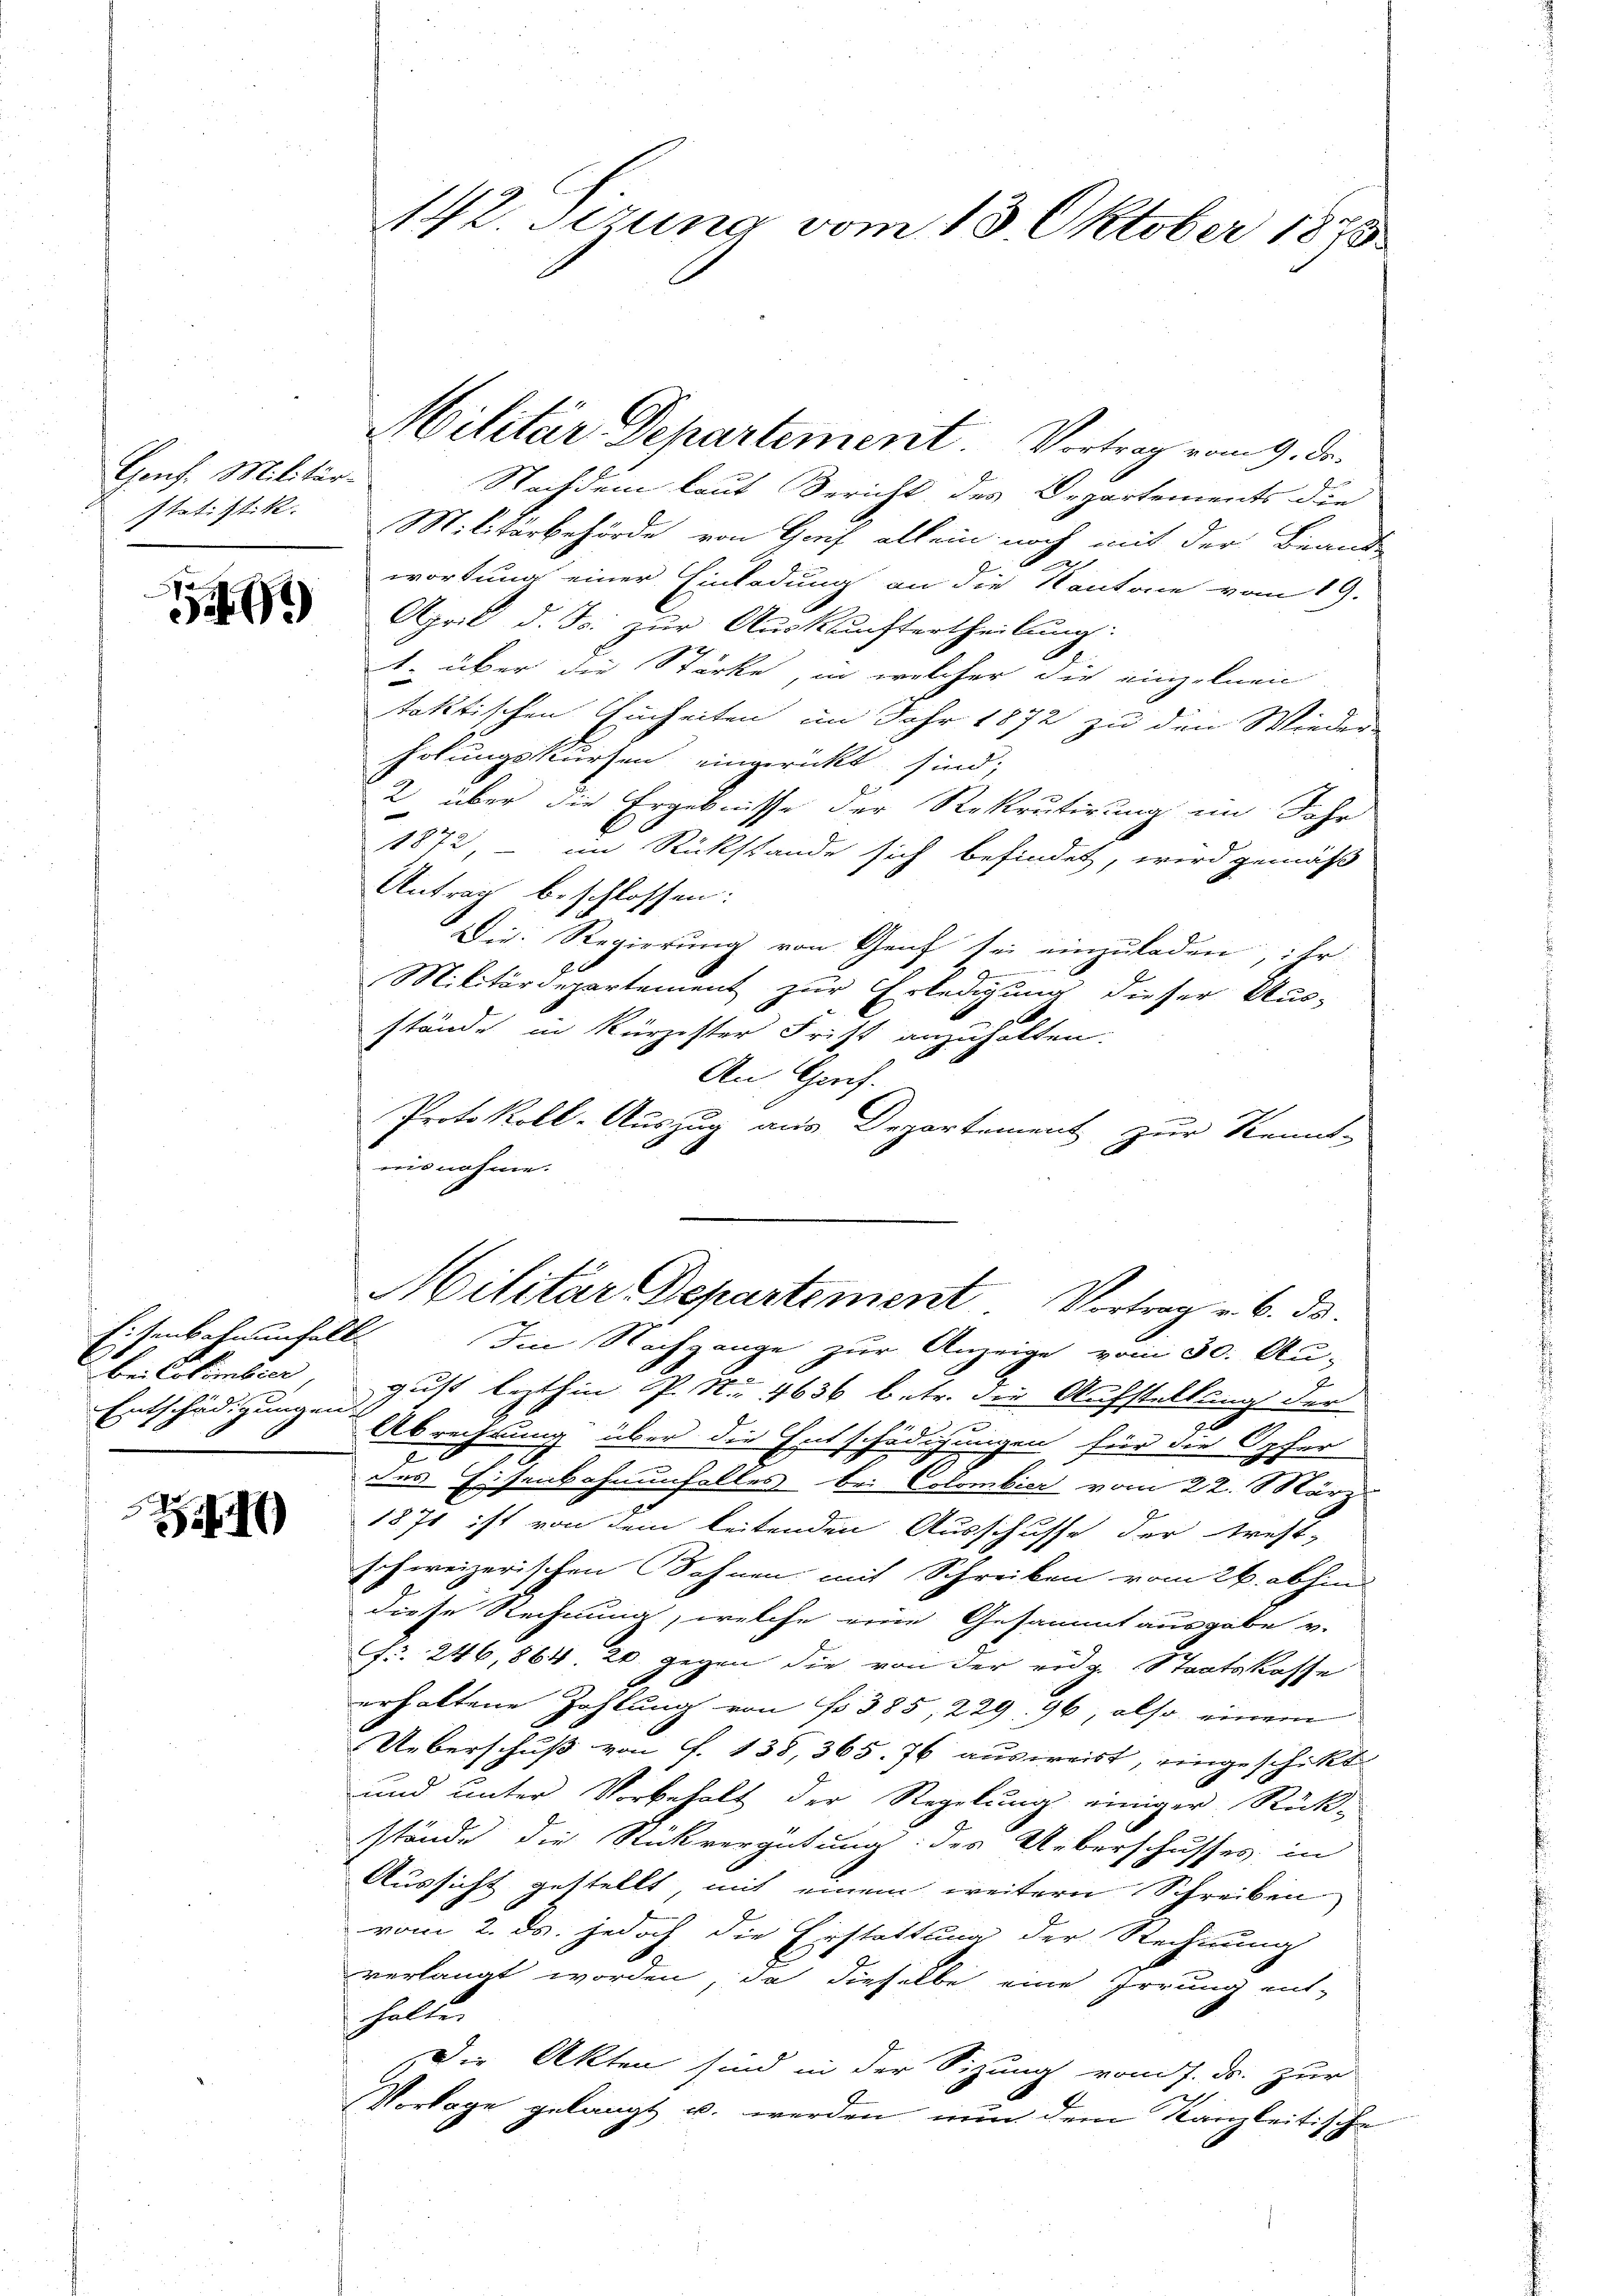
Gent. Militär-
statistik. |

1

Eisenbahnunhalt
bei Cotember
B
Entschädigungen.

)

142. Serung vom 13. Oktober 1875

Nachdem laut Bericht des Departements die
Militärbehörde von Gorf allein noch mit der Brand
wortung einer Einladung an die Kantone vom 19.
April d. Js. zur Auskauftertheilung:
1. über die Stärke, in welcher die einzelnen
taktischen Einheiten im Jahr 1872 zu den Wieder-
holungskursen eingerückt sind;
2 über die Ergebnisse der Rekrutirung im Jahr
1872, - im Rückstande sich befindet, wird gemäß
Antrag beschlossen:
Die Regierung von Genf sei einzuladen, ihr
e
Militärdepartement zur Erledigung dieser Aus-
9
stände in kürzester Frist anzuhalten.
An Greif.
Protokoll-Auszug aus Departement zur Kennt-
nisnahme.
Militär-Departement Vortrag u. 6. ds.
Im Nachgange zur Anzeige vom 30. Au-
2
gust lezthin P. Nr. 4636 betr. die Aufstellung der
96
Abrechnung über die Entschädigungen für die Opfer
.
des Eisenbahnenfalles bei Colombier vom 22. März
1871 ist von dem leitenden Ausschusse der treff-
.
chweizerischen Sohnen mit Schreiben vom 26. abhin
diese Rechnung, welche eine Gesammt ausgabe v.
fr. 246, 864. 20. gegen die von der eidg. Staatskasse
erhaltene Zahlung von No 385, 229. 96 also einem
Ueberschuß von f. 138, 365. 76 ausweist, eingeschickt.
und unter Vorbehalt der Regelung einiger Rück-
stände die Stückvergütung des Ueberschusses, in
Aussicht gestellt, mit einem weitern Schreiben
vom 2. ds. jedoch die Erstattung der Rechnung
verlangt worden, da dieselbe eine Irrung ent-
halte.
Der Akten sind in der Sizung vom 7. ds. zur
Vorlage gelangt u. werden nun dem Kanzleitische

Militär-Departement. Vortrag vom 9. Dr.